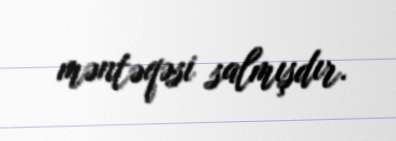
məntəqəsi salmışdır.